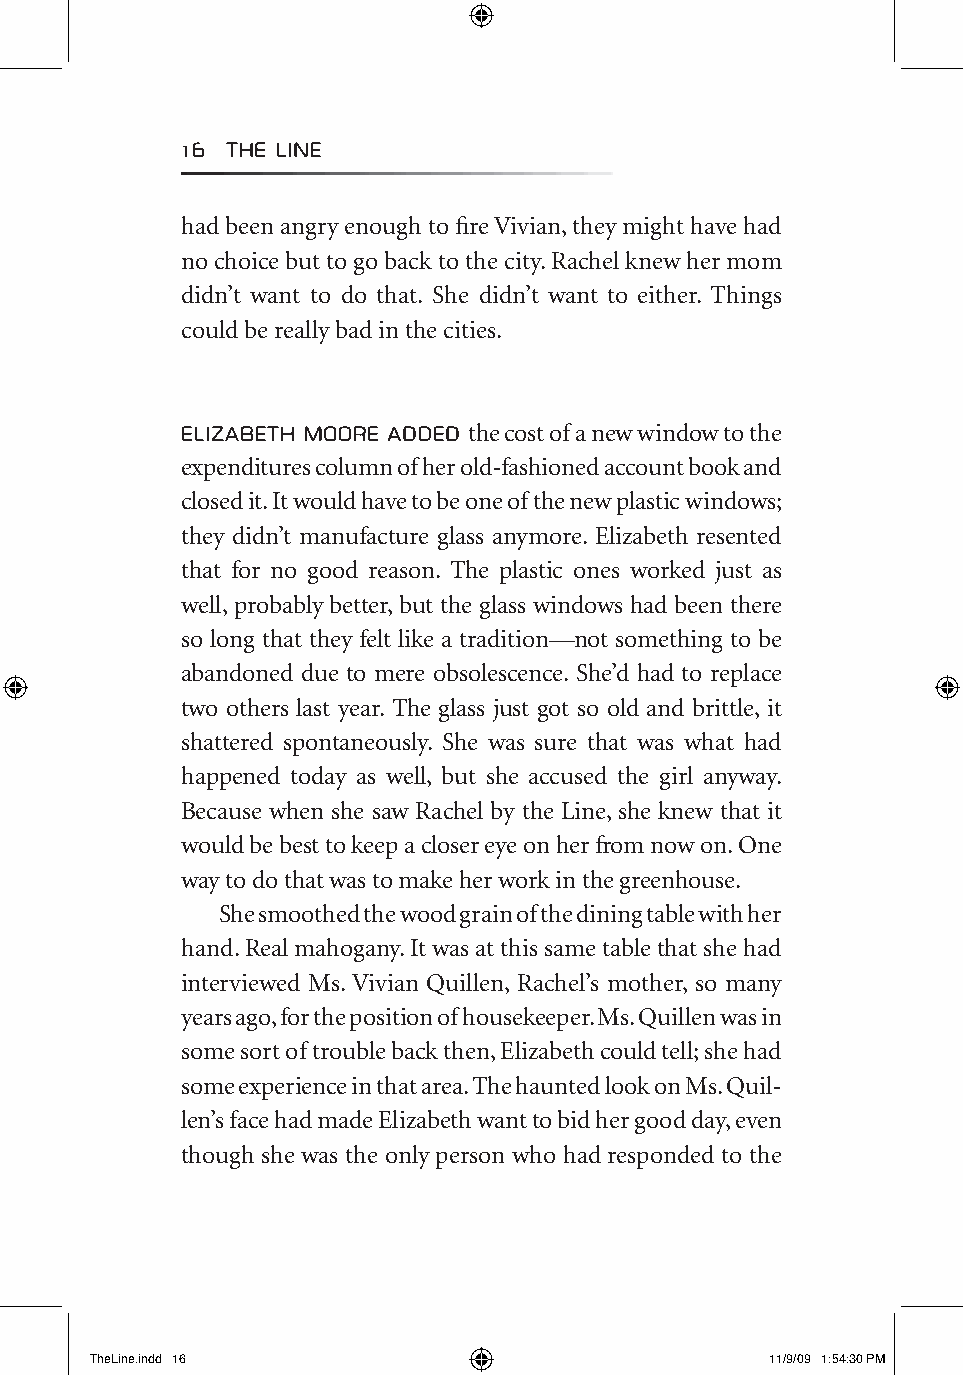
16 The LIne
 had been angry enough to fire Vivian, they might have had
 no choice but to go back to the city. Rachel knew her mom
 didn’t want to do that. She didn’t want to either. Things
 could be really bad in the cities.
 eLIzabeTh Moore added the cost of a new window to the
 expenditures column of her old-fashioned account book and
 closed it. It would have to be one of the new plastic windows;
 they didn’t manufacture glass anymore. Elizabeth resented
 that for no good reason. The plastic ones worked just as
 well, probably better, but the glass windows had been there
 so long that they felt like a tradition—not something to be
 abandoned due to mere obsolescence. She’d had to replace
 two others last year. The glass just got so old and brittle, it
 shattered spontaneously. She was sure that was what had
 happened today as well, but she accused the girl anyway.
 Because when she saw Rachel by the Line, she knew that it
 would be best to keep a closer eye on her from now on. One
 way to do that was to make her work in the greenhouse.
 She smoothed the wood grain of the dining table with her
 hand. Real mahogany. It was at this same table that she had
 interviewed Ms. Vivian Quillen, Rachel’s mother, so many
 years ago, for the position of housekeeper. Ms. Quillen was in
 some sort of trouble back then, Elizabeth could tell; she had
 some experience in that area. The haunted look on Ms. Quil-
 len’s face had made Elizabeth want to bid her good day, even
 though she was the only person who had responded to the
 TheLine.indd 16                              11/9/09 1:54:30 PM